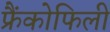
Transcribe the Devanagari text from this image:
फ्रैंकोफिली